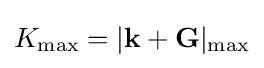
K_{\text{max}}=|\mathbf {k} +\mathbf {G} |_{\text{max}}